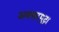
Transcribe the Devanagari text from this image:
अक्शरमुद्रा